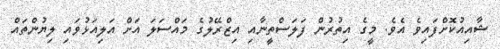
ޝާއިއުކޮށްފައިވެ އެވެ. މީގެ އިތުރުން ފަލަސްތީނާއި އިޒްރޭލުގެ މައްސަލަ އަށް އަލިއަޅުވައި ލިޔުންތައް